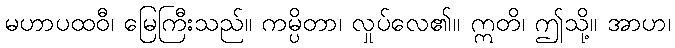
မဟာပထဝီ၊ မြေကြီးသည်။ ကမ္ပိတာ၊ လှုပ်လေ၏။ ဣတိ၊ ဤသို့။ အာဟ၊